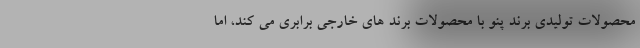
محصولات تولیدی برند پنو با محصولات برند های خارجی برابری می کند، اما